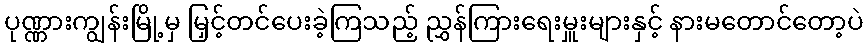
ပုဏ္ဏားကျွန်းမြို့မှ မြှင့်တင်ပေးခဲ့ကြသည့် ညွှန်ကြားရေးမှူးများနှင့် နားမတောင်တော့ပဲ